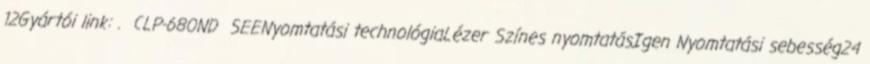
12Gyártói link: . CLP-680ND SEENyomtatási technológiaLézer Színes nyomtatásIgen Nyomtatási sebesség24